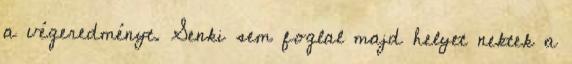
a végeredményt. Senki sem foglal majd helyet nektek a